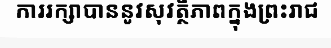
ការរក្សាបាននូវសុវត្ថិភាពក្នុងព្រះរាជ